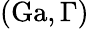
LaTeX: (\mathrm{Ga},\Gamma)